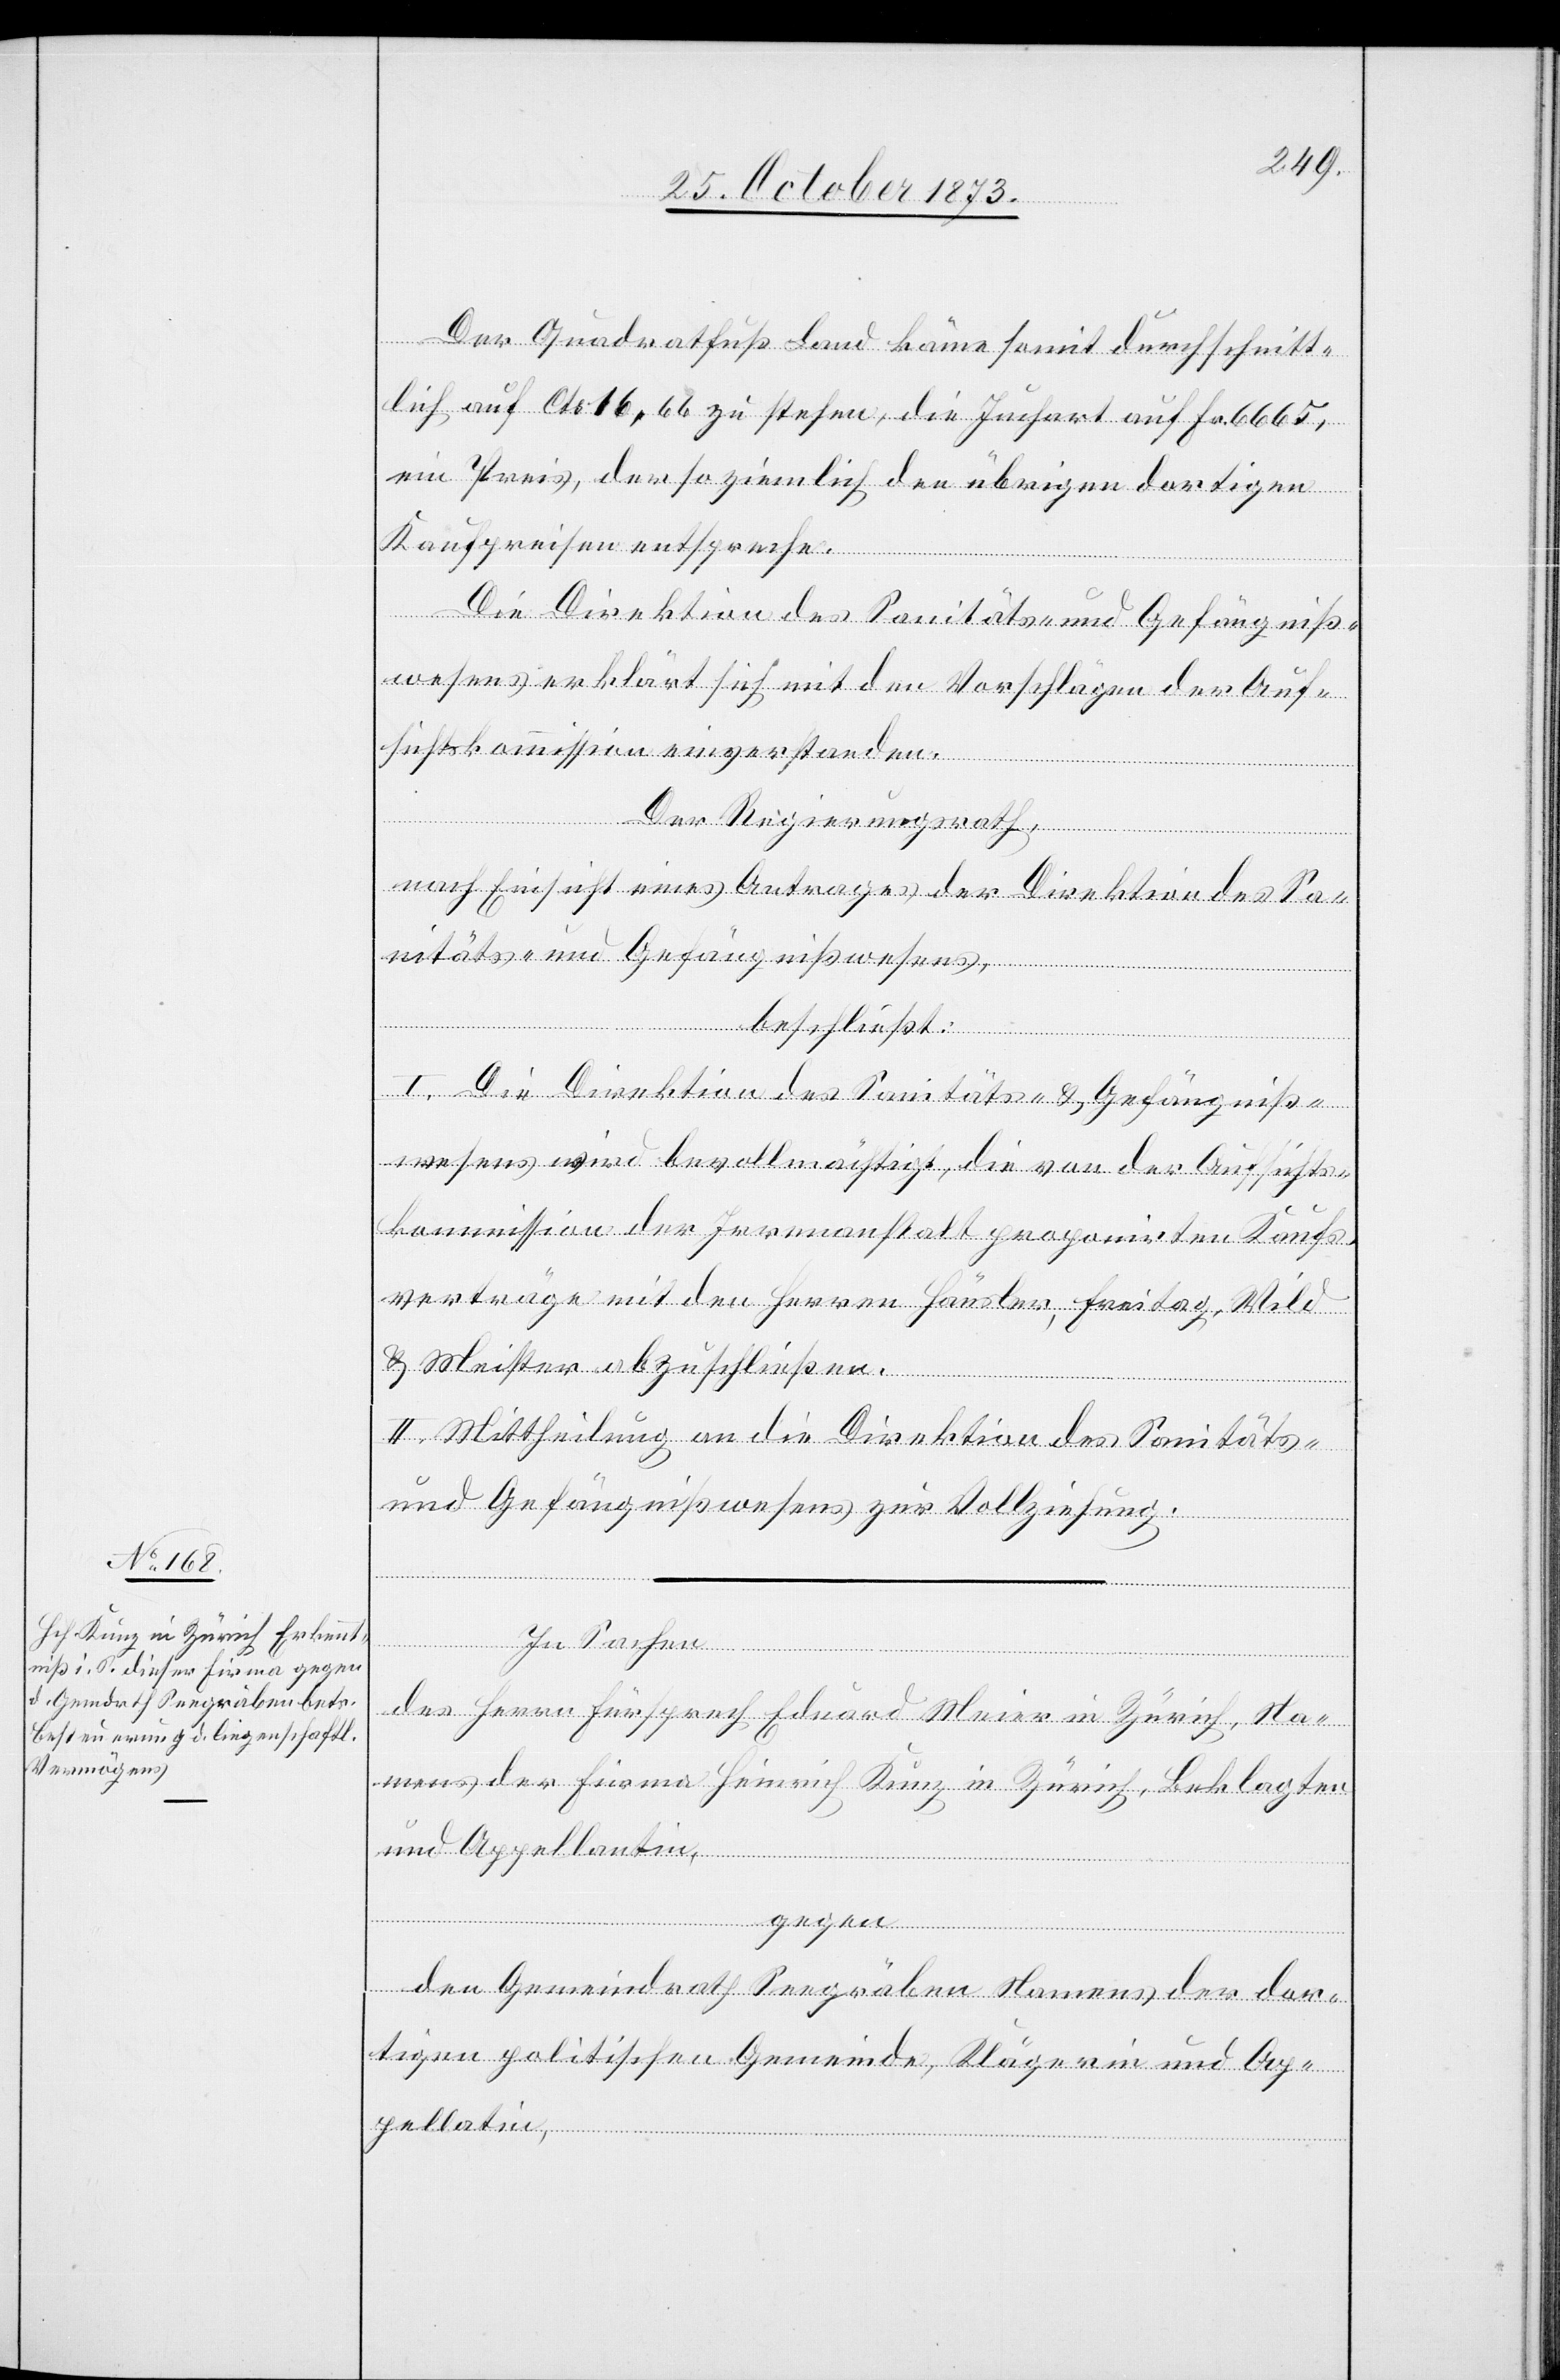
Der Quadratfuß Land käme somit durchschnitt¬
lich auf Cts 16,66 zu stehen, die Juchart auf Fr. 6 665,
ein Preis, der so ziemlich den übrigen dortigen
Kaufpreisen entspreche.
Die Direktion des Sanitäts- und Gefängniß¬
wesens erklärt sich mit den Vorschlägen der Auf¬
sichtskommission einverstanden.
Der Regierungsrath,
nach Einsicht eines Antrages der Direktion des Sa¬
nitäts- und Gefängnißwesens,
I. Die Direktion des Sanitäts- & Gefängniß¬
wesens wird bevollmächtigt, die von der Aufsichts¬
kommission der Irrenanstalt proponirten Kaufs¬
verträge mit den Herren Häusler, Freitag, Wild
& Meister abzuschließen.
II. Mittheilung an die Direktion des Sanitäts-
und Gefängnißwesens zur Vollziehung.
In Sachen
des Herrn Fürsprech Eduard Meier in Zürich, Na¬
mens der Firma Heinrich Kunz in Zürich, Beklagten
und Appellantin,
den Gemeindrath Seegräben Namens der dor¬
tigen politischen Gemeinde, Klägerin und Ap¬
pellatin,